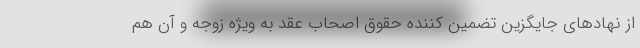
از نهادهای جایگزین تضمین کننده حقوق اصحاب عقد به ویژه زوجه و آن هم